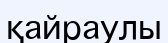
қайраулы